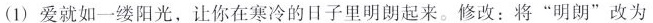
(1)爱就如一缕阳光，让你在寒冷的日子里明朗起来。修改：将”明朗”改为